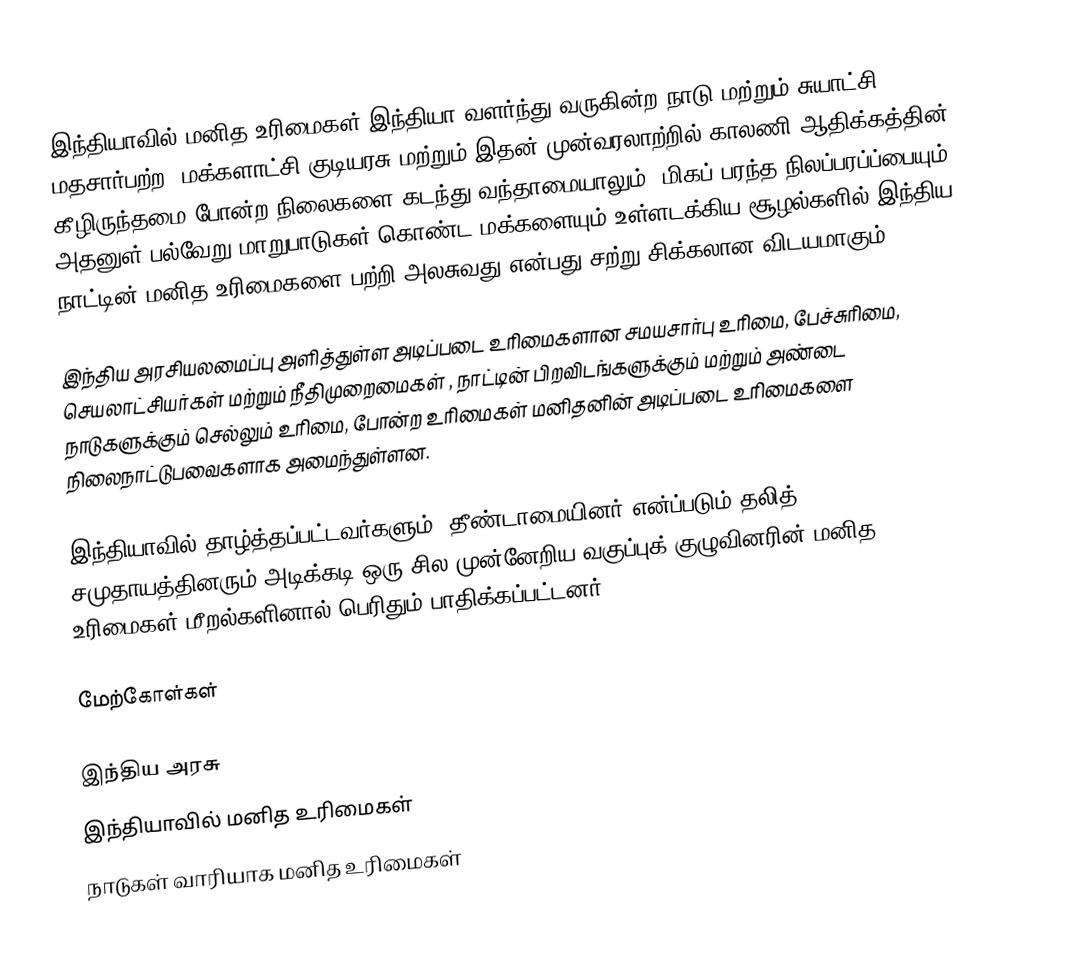
இந்தியாவில் மனித உரிமைகள் இந்தியா வளர்ந்து வருகின்ற நாடு மற்றும் சுயாட்சி, மதசார்பற்ற, மக்களாட்சி குடியரசு மற்றும் இதன் முன்வரலாற்றில் காலணி ஆதிக்கத்தின் கீழிருந்தமை போன்ற நிலைகளை கடந்து வந்தாமையாலும்,  மிகப் பரந்த நிலப்பரப்ப்பையும் அதனுள் பல்வேறு மாறுபாடுகள் கொண்ட மக்களையும் உள்ளடக்கிய சூழல்களில் இந்திய நாட்டின் மனித உரிமைகளை பற்றி அலசுவது என்பது சற்று சிக்கலான விடயமாகும்.

இந்திய அரசியலமைப்பு அளித்துள்ள அடிப்படை உரிமைகளான சமயசார்பு உரிமை, பேச்சுரிமை, செயலாட்சியர்கள் மற்றும் நீதிமுறைமைகள் , நாட்டின் பிறவிடங்களுக்கும் மற்றும் அண்டை நாடுகளுக்கும் செல்லும் உரிமை, போன்ற உரிமைகள் மனிதனின் அடிப்படை உரிமைகளை நிலைநாட்டுபவைகளாக அமைந்துள்ளன.

இந்தியாவில் தாழ்த்தப்பட்டவர்களும், தீண்டாமையினர் என்ப்படும் தலித் சமுதாயத்தினரும் அடிக்கடி ஒரு சில முன்னேறிய வகுப்புக் குழுவினரின் மனித உரிமைகள் மீறல்களினால் பெரிதும் பாதிக்கப்பட்டனர்.

மேற்கோள்கள்

இந்திய அரசு
இந்தியாவில் மனித உரிமைகள்
நாடுகள் வாரியாக மனித உரிமைகள்